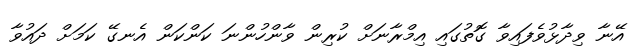
އޭނާ ވިދާޅުވެފައިވާ ގޮތުގައި އިމްރާނަށް ކުރިން ވާންހުންނަ ކަންކަން އެނގޭ ކަމަށް ދައުވާ